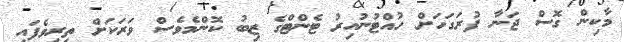
މާކިން ގޮސް ޖަނާ ފުރަގަހަށް ހުއްޓުނުއިރު ޓެންޓްގެ ޒިބު ކޮންމެވެސް ވަރަކަށް ތިރިވެފައި